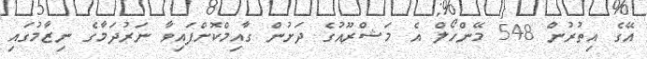
އޭގެ އިތުރުން 548 މޭންހޯލް އެ މަޝްރޫއުގެ ދަށުން ގާއިމްކޮށްފައިވާ ނަރުދަމާގެ ނިޒާމުގައި